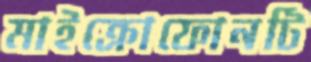
মাইক্রোফোনটি